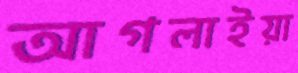
আগলাইয়া